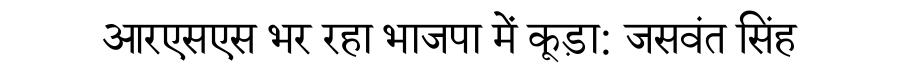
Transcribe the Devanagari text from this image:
आरएसएस भर रहा भाजपा में कूड़ा: जसवंत सिंह